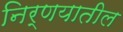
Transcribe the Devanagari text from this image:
निर्णयातील